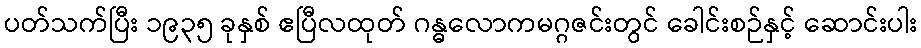
ပတ်သက်ပြီး ၁၉၃၅ ခုနှစ် ဧပြီလထုတ် ဂန္ဓလောကမဂ္ဂဇင်းတွင် ခေါင်းစဉ်နှင့် ဆောင်းပါး